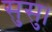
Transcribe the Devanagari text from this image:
सुसु।